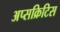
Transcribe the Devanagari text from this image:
अप्सक्रिटिस